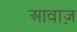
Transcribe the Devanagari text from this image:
आवाज़़